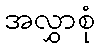
အလွှာစုံ